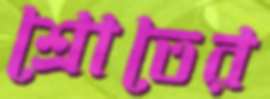
শ্রোতের